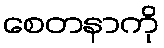
စေတနာကို